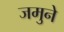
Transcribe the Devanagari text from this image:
जमुने